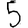
Digit: 5